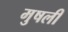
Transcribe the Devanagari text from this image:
मुषली